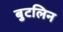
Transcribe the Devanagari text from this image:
बुटलिन